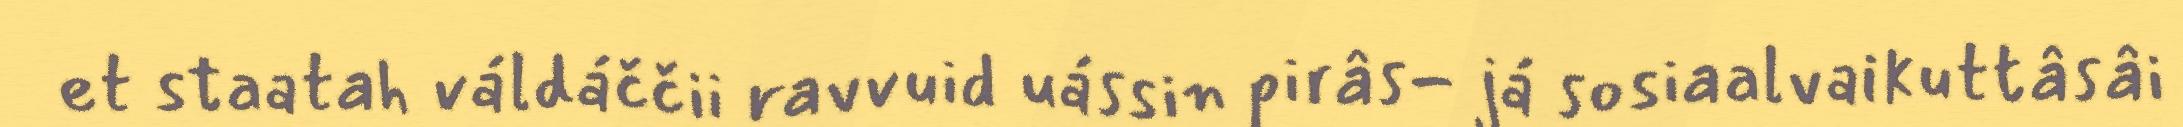
et staatah váldáččii ravvuid uássin pirâs- já sosiaalvaikuttâsâi